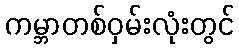
ကမ္ဘာတစ်ဝှမ်းလုံးတွင်